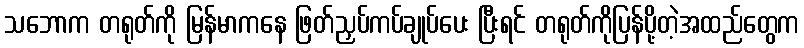
သဘောက တရုတ်ကို မြန်မာကနေ ဖြတ်ညှပ်ကပ်ချုပ်ပေး ပြီးရင် တရုတ်ကိုပြန်ပို့တဲ့အထည်တွေက